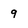
Character: q